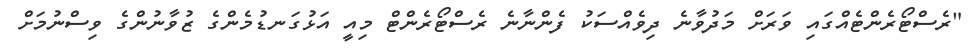
"ރެސްޓޯރެންޓެއްގައި ވަރަށް މަދުވާނެ ދިވެއްސަކު ފެންނާނެ ރެސްޓޯރެންޓް މިއީ އަޅުގަނޑުމެންގެ ޒުވާނުންގެ ވިސްނުމަށް